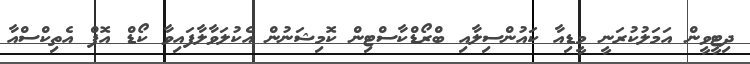
ދިޓީވީން އަމަލުކުރަނީ މީޑިއާ ކައުންސިލާއި ބްރޯޑްކާސްޓިން ކޮމިޝަނުން އެކުލަވާލާފައިވާ ކޯޑް އޮފް އެތިކްސްއާ